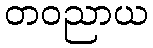
တဝညာယ